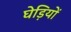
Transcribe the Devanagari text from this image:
घेड़ियों